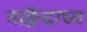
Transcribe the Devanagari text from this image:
वाक्वैदग्ध्य